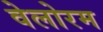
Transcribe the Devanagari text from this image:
वेलोरम